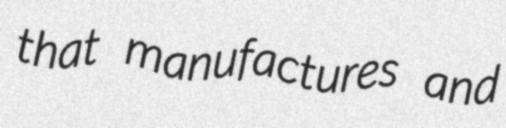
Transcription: that manufactures and